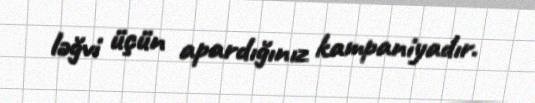
ləğvi üçün apardığınız kampaniyadır.